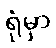
ရုံမှာ